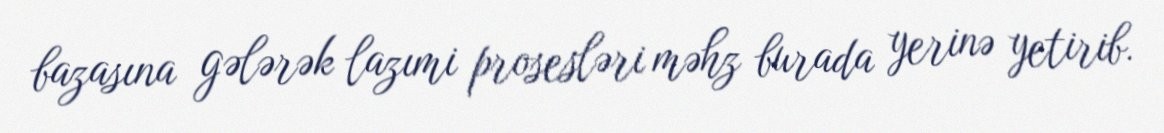
bazasına gələrək lazımi prosesləri məhz burada yerinə yetirib.